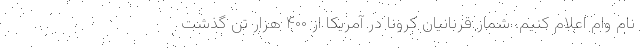
نام وام اعلام کنیم. شمار قربانیان کرونا در آمریکا از ۴۰۰ هزار تن گذشت